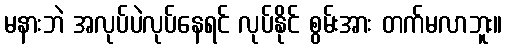
မနားဘဲ အလုပ်ပဲလုပ်နေရင် လုပ်နိုင် စွမ်းအား တက်မလာဘူး။